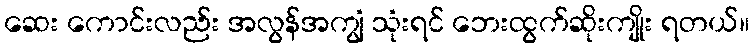
ဆေး ကောင်းလည်း အလွန်အကျွံ သုံးရင် ဘေးထွက်ဆိုးကျိုး ရတယ်။